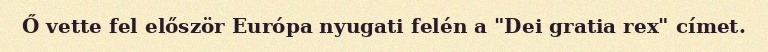
Ő vette fel először Európa nyugati felén a "Dei gratia rex" címet.